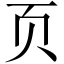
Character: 页